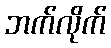
ဘက်လိုက်